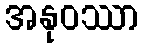
အနုဝဿာ